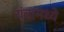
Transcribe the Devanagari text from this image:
यंत्रामध्ये